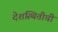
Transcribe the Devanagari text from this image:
देशस्थितीची